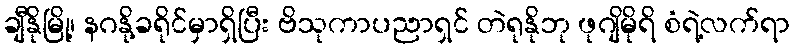
ချီနိုမြို့၊ နဂနို့ခရိုင်မှာရှိပြီး ဗိသုကာပညာရှင် တဲရုနိုဘု ဖုဂျိမိုရိ စံရဲ့လက်ရာ